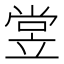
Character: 𬔢